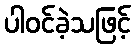
ပါဝင်ခဲ့သဖြင့်